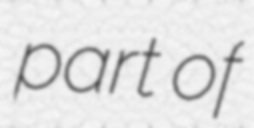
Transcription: part of